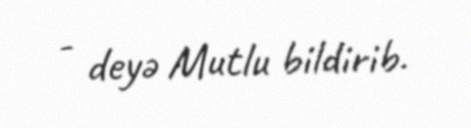
- deyə Mutlu bildirib.